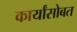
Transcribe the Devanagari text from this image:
कार्यांसोबत